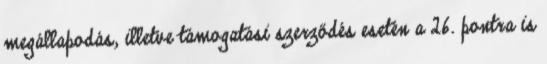
megállapodás, illetve támogatási szerződés esetén a 26. pontra is